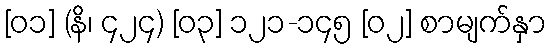
[၀၁] (နိ၊ ၄၂၄) [၀၃] ၁၂၁-၁၄၅ [၀၂] စာမျက်နှာ